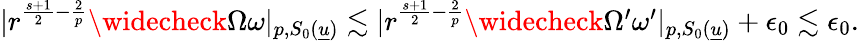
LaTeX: \begin{array}{r}{|r^{\frac{s+1}{2}-\frac{2}{p}}\widecheck{\Omega\omega}|_{p,S_{0}({\underline{{u}}})}\lesssim|r^{\frac{s+1}{2}-\frac{2}{p}}\widecheck{\Omega^{\prime}\omega^{\prime}}|_{p,S_{0}({\underline{{u}}})}+\epsilon_{0}\lesssim\epsilon_{0}.}\end{array}